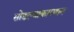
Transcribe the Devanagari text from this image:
सोडल्याकारणान